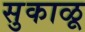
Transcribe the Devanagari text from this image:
सुकाळू